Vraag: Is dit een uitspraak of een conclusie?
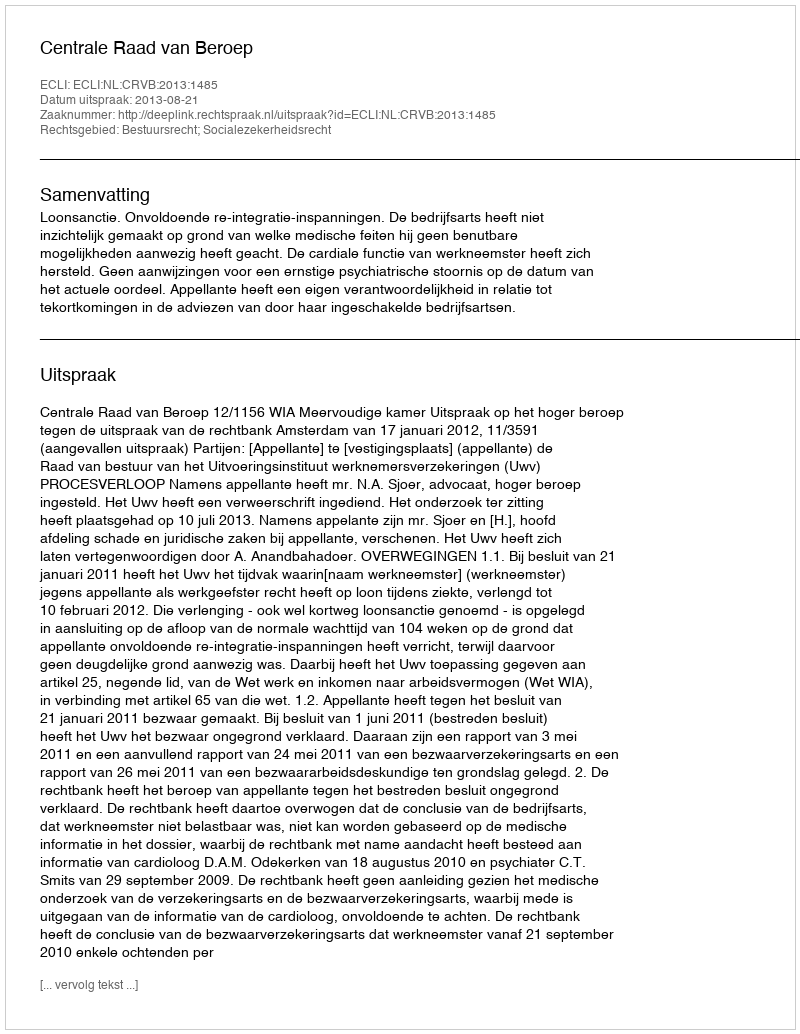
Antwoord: Uitspraak